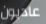
عاديون